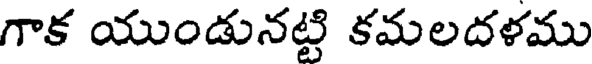
గాక యుండునట్టి కమలదళము